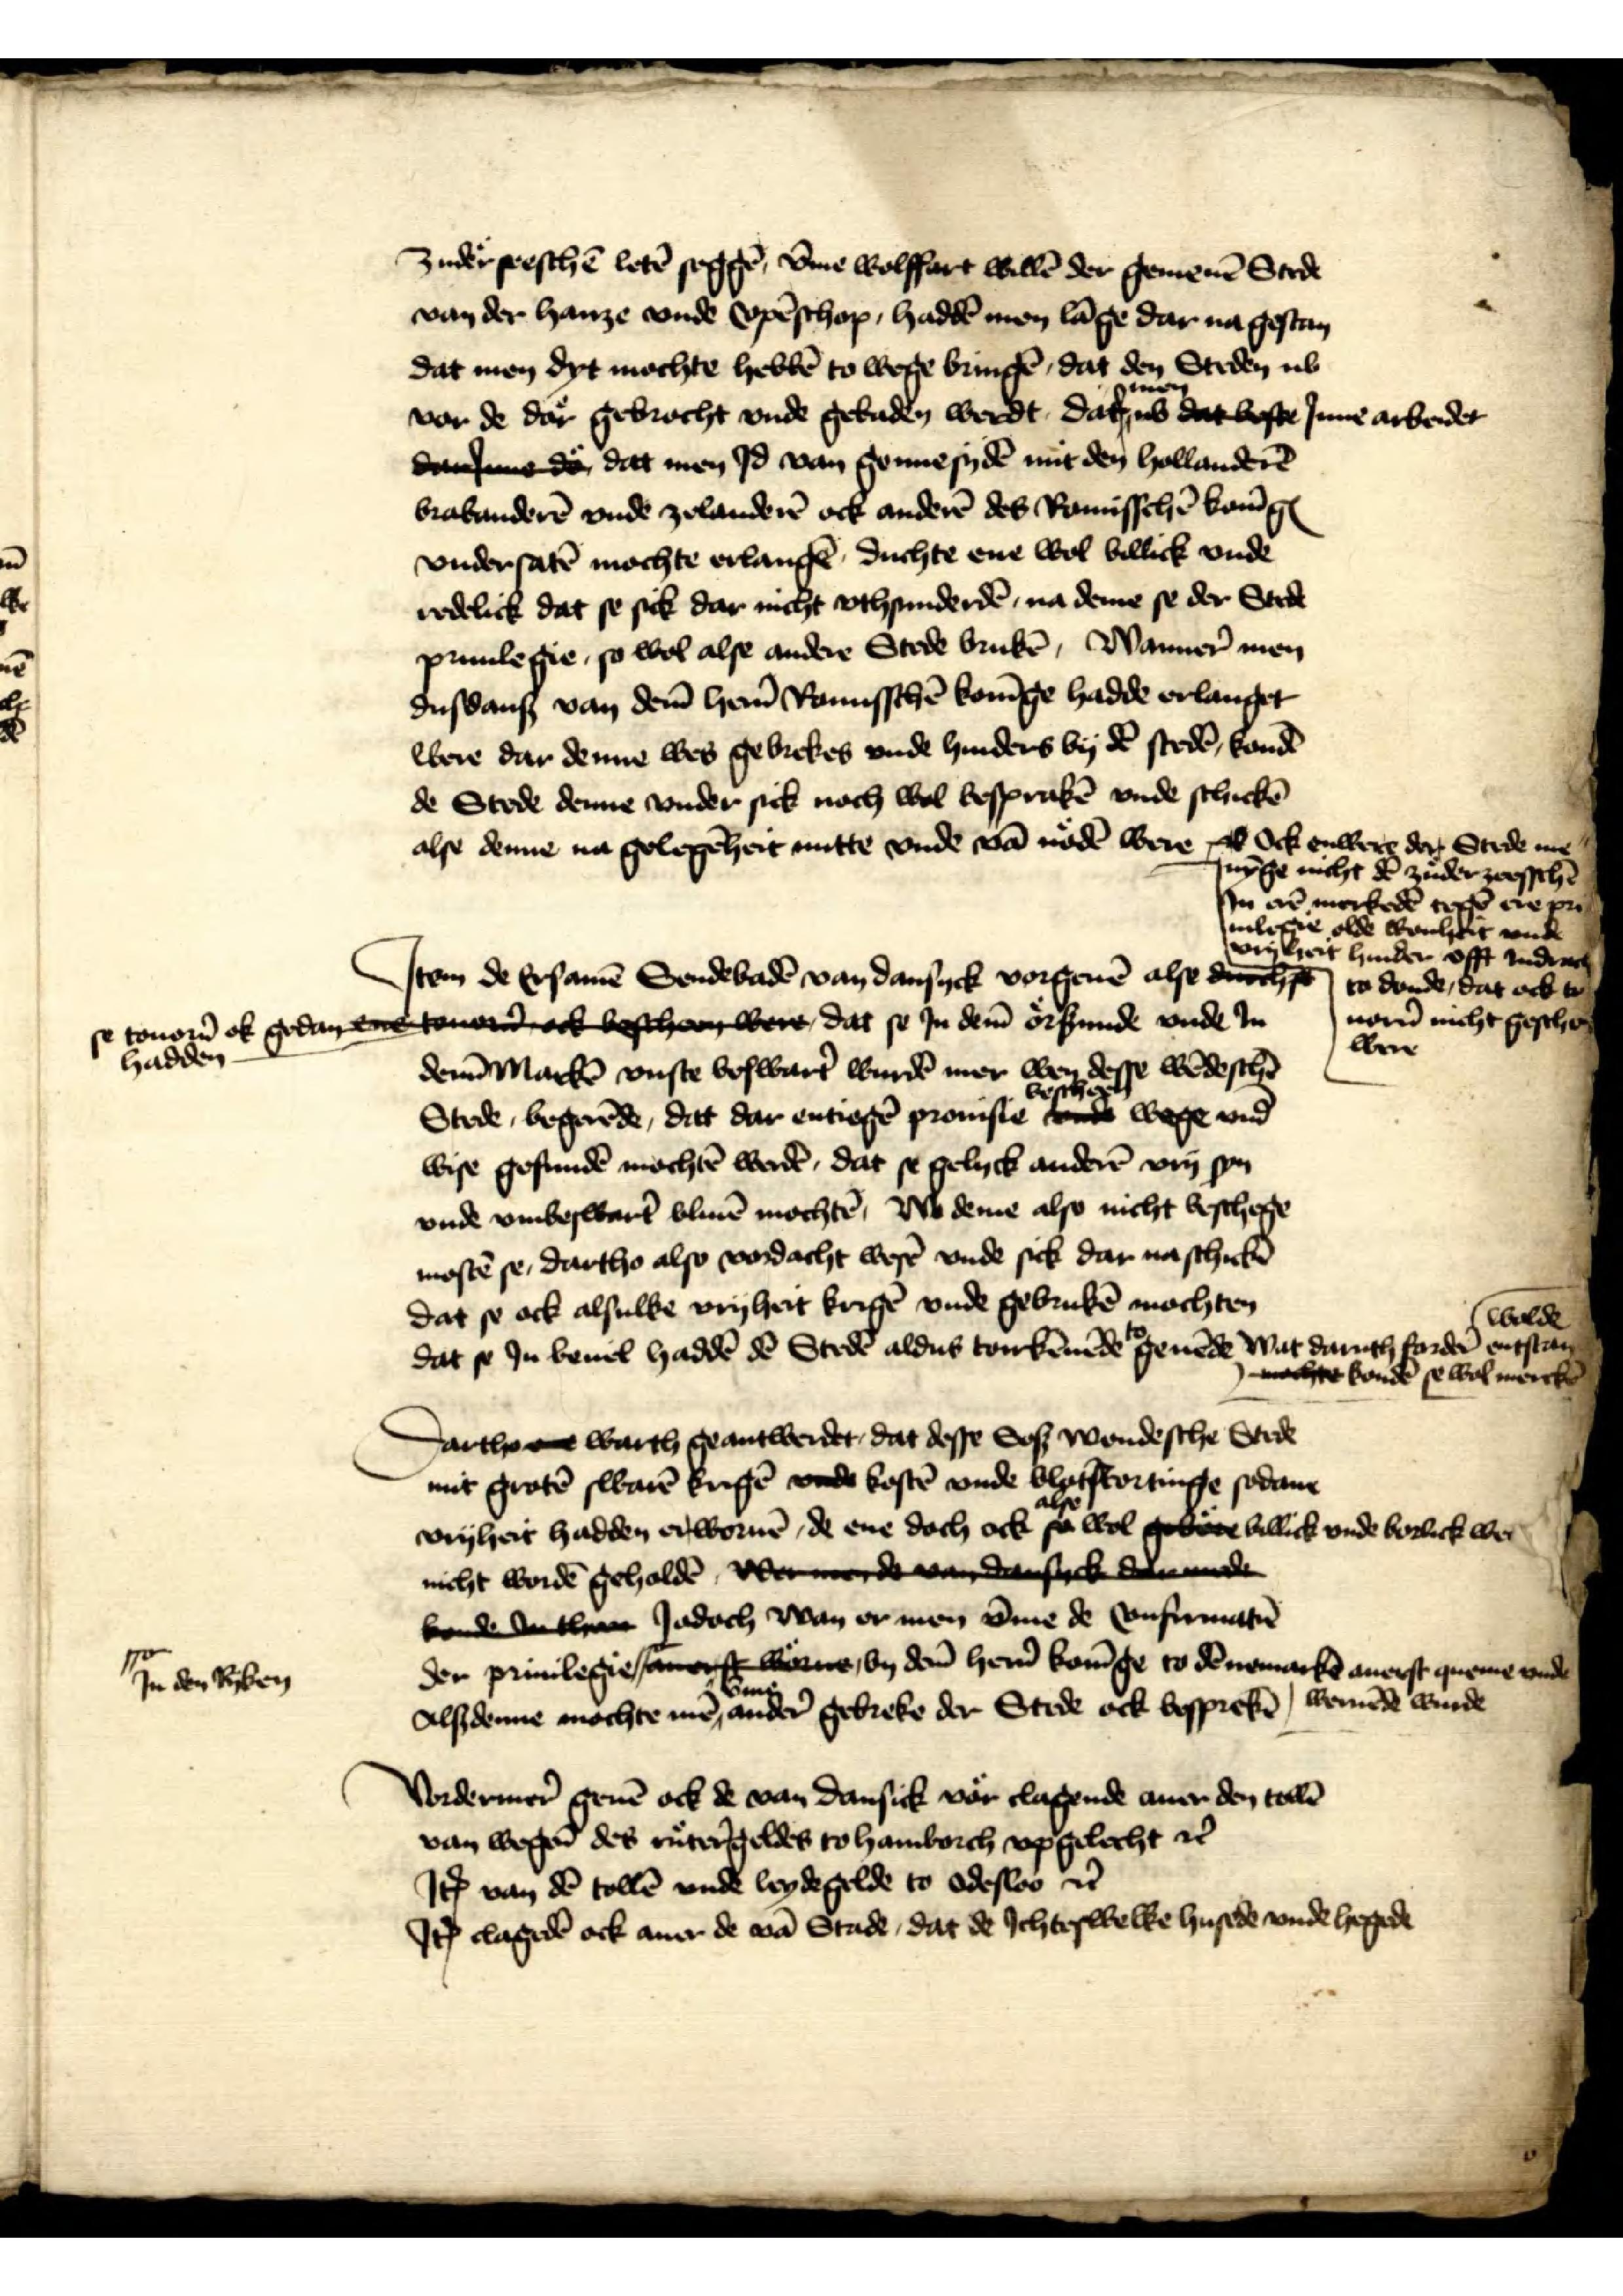
zuderseeschē letē seggē, v̄me wolffart willē der gemenē Stede
van der hanze vnde Copēschop, haddē men lāge dar na gestan
dat men dyt mochte hebbē to wege bringē, dat den Steden ub
vor de daͤr gebrocht vnde gebaden werdt, dat men ub dat beste Jnne arbeidet
danJnne de dat men Jd van gennesydē mit den hollanderē
Brabanderē vnde Zelanderē ock anderē des Romisschē konīgꝬ
vndersatē mochte erlangē, duchte ene wol billick vnde
redelick dat se sick dar nicht vthsunderdē, na deme se der Stede
priuilegie, so wol alse andere Stede brukē, Wanner men
dusdans van dem̄ her̉n Romisschē konīge hadde erlanget
were dar denne wes gebrekes vnde hinders by dē stedē, kondē
de Stede denne vnder sick noch wol besprakē vnde schickē
alse denne na gelegēheit nutte vnde vā nodē were ock Ock enwers den Stede me¬
nȳge nicht dē zuder zeesschen
Jn erē merkede tege ere pri¬
uiligie olde wonheit vnde
vryheit hinder offt Jndrach
to donde, dat ock to
uorn̄ nicht geschen
were

Jtem de Ersamē Sendebadē van Dansyck vorgeuē alse decht
se tourn̄ ok gedan vme
hadden
se tonon ok gedanetoue t beschee were, dat se Jn dem̄ orßunde vnde Jn
denn̄Markē vuste beswart̉ wurdē mer wen desse wēdeschē
Stede, begerēde, dat dar entiegē prouisie beschegen wege vnd
wise gefundē mochtē werdē, dat se gelyck anderē vry syn
vnde vmbeswart̉ bliuē mochtē, wo denne also nicht beschege
mostē se, dartho also vordacht wesē vnde sick dar na schickē 
dat se ock alsulke vryheit krigē vnde gebrukē mochten
dat se Jn beuel haddē de Stede aldus tonkēmēde geuēde Wat daruth forder̉ wolde enstan
nache kondē se wol merckē

Dartho oue warth geantwerdet, dat desse Sos wendesche Stede
mit grotē swarē krigē vnde kostē vnde blotskortinge sodane
vryheit hadden enworuē, de ene doch ock alse wol gebee billick vnde borlick wer
nicht wordē geholdē, we mi de van dansyck denede
konde buther Jodoch wan er men v̄me de Confirmatiē
der priuilegie F stamorft worne by dem̄ her̉n konīge to dē auerst queme vnde weruēde wurde
Alsdenne mochte mē vme ander̉ gebreke der Stede ock besprekē

F Jn den Ryken

Vordermer̉ geuē ock de van Dansick vor clagende auer den tollē
van wegen des rutergeldes to Hamborch vpgelecht et̉
Jꝷ van dē tollē vnde leydegelde to odesloo et̉
Jꝷ clagedē ock auer de vā Stade, dat de Jchteswelke husede vnde hegede